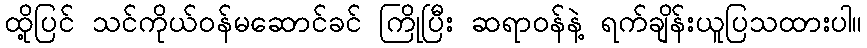
ထို့ပြင် သင်ကိုယ်ဝန်မဆောင်ခင် ကြိုပြီး ဆရာဝန်နဲ့ ရက်ချိန်းယူပြသထားပါ။